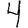
Digit: 4